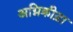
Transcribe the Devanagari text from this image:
अग्निक्रीड़ा